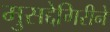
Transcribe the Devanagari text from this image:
मुसद्देगिरीने